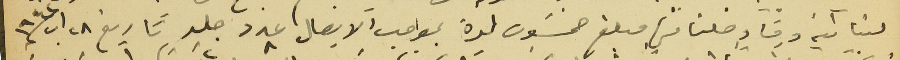
لبنانية وفاوصلنا منها مبلغ خمسَون ليرة بموجب الايصال عدد ٨ جلد ٢ تاريخ ٢٨ اب سنه ١٩٤٢